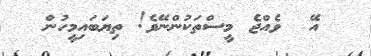
އޭ  ވެއްޖެ މީސްތަކުންނޭވެ! ތިޔަބައިމީހުން